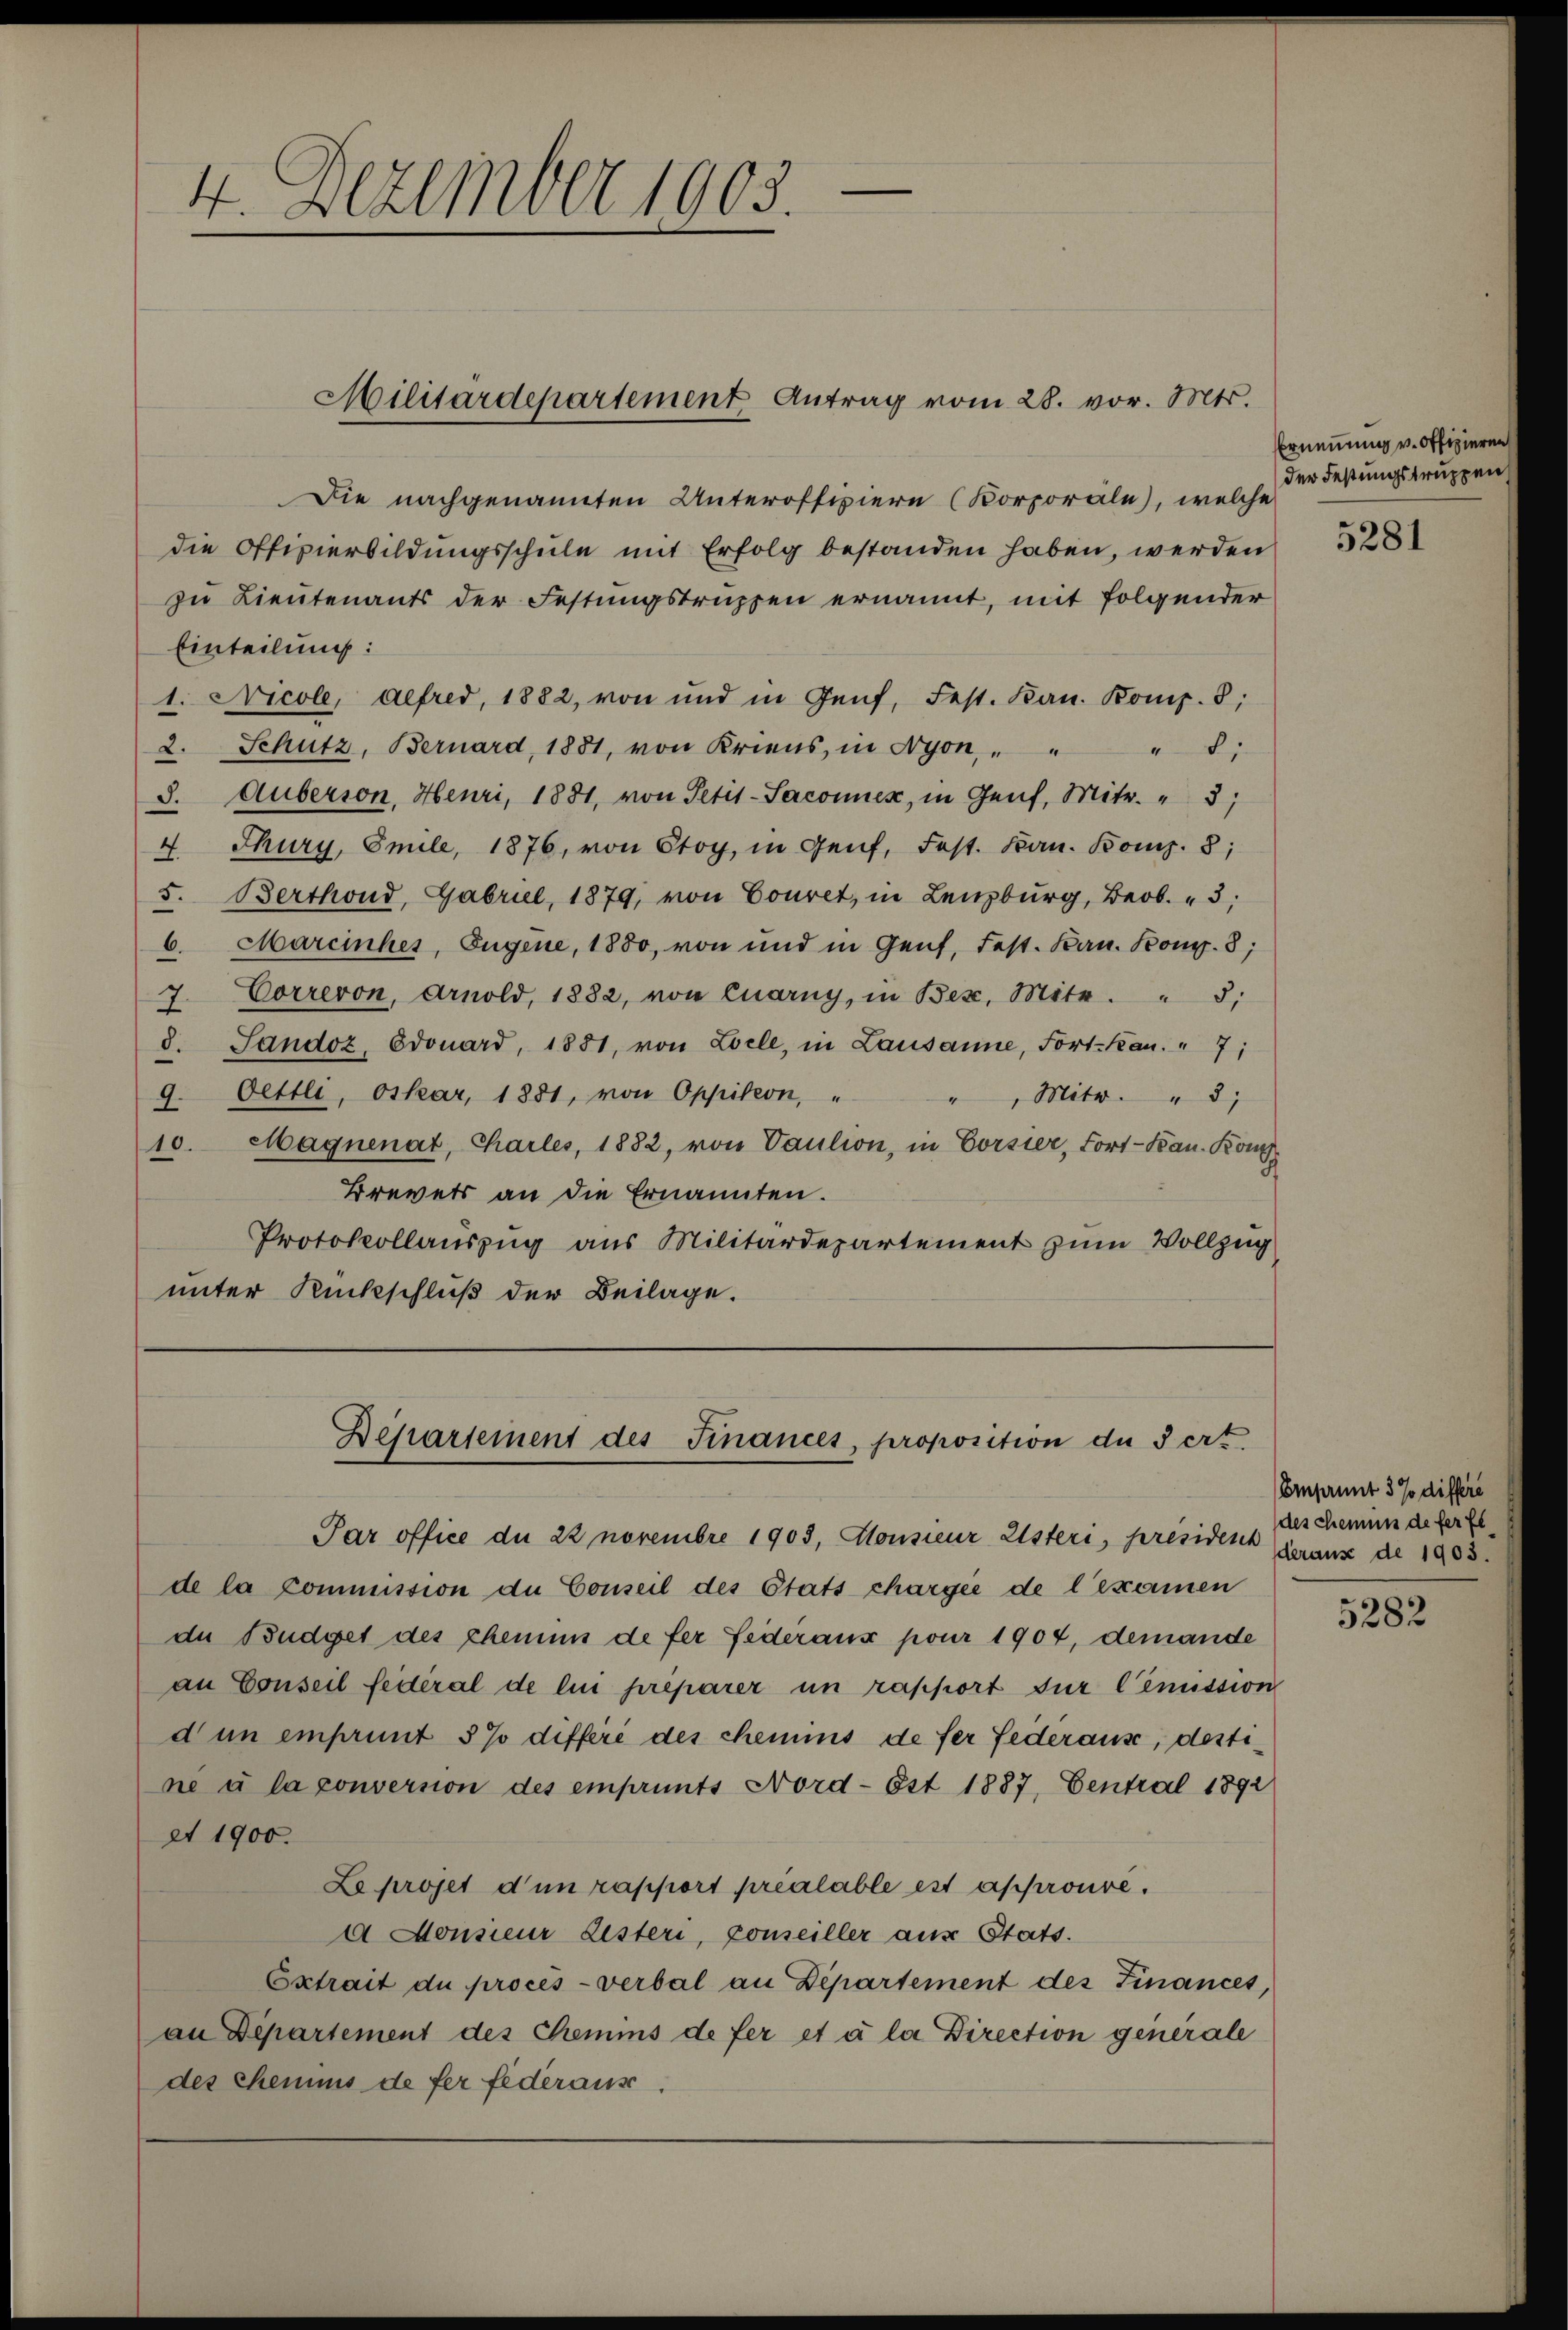
4. Dezember 1903.

Die nachgenannten Unteroffiziere (Korporale), welche
die Offizierbildungsschule mit Erfolg bestanden haben, werden
zu Lieutenants der Festungstruppen ernannt, mit folgender
Einteilung:
1. Nicole, defred, 1882, von und in Genf, Fest. Kan. Komp. 8;
2. Schutz, Bernard, 1881, von Kriens, in Nyon,
:
8. Auberson, Heuri, 1881, von Petit-Saconuer, in Genf, Mitr. " 3;
4. Thury, Emile, 1876, von Stoy, in Genf, Fest. Kan. Komp. 8;
5.
Berthond, Gabriel, 1879, von Couret, in Lenzburg, Beob. " 3;
e
6. Mareinhes, Eugene, 1880, von und in Genf, Fest. Kan. Komp. 8;
7. Correron, Arnold, 1882, von Quarny, in Bese, Mite. " 3;
d. Sandoz, Edouard, 1851, von Loele, in Lausanne, Fort-Kan. " 7;
Oettli, Oskar, 1881, von Oppition, "
" Mitw. " 3
9.
10. Magnenat, Charles, 1882, von Paulion, in Corsier, Fort-Kan. Kon
Brevets an die Ernannten.
Protokollauszug aus Militärdepartement zum Vollzug
unter Rückschluß der Beilage.

Militärdepartement Antrag vom 28. vor. Mts.

Departement des Finances, proposition du 3ert.

Par office du 22 novembre 1903, Monsieur Esteri, president deraus de 1903.
de la commission de Conseil des Etats chargée de l’examen
de Budget des chemmnis de fer Federaus pour 1904, demande
an Conseil fédéral de lui préparer un rapport für Cémission
dun einput 5% différé des chemins de ser Federause, destini à la conversion des emprunts Nord-Est 1887, Central 1892
et 1900.
Le projet d’un rapport préalable est approuvé.
d Monsieur Listeri, conseiller aus Etats.
Extrait de procès-verbal an Departement des Finances,
an Departement des Chemins de fer et à la Direction generale
des Chemnis de fer federaus

Ernennung v. offizieren
der Festungstruppen

5281

5282

Einsamt 3 % differe
des Chemnis de ferfl